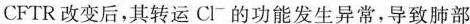
CFTR改变后，其转运Cl^{-}的功能发生异常，导致肺部